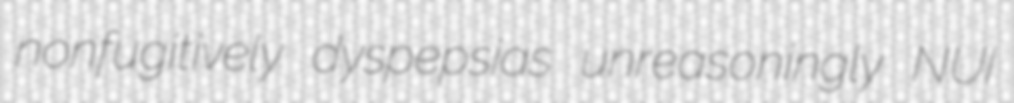
nonfugitively dyspepsias unreasoningly NUI